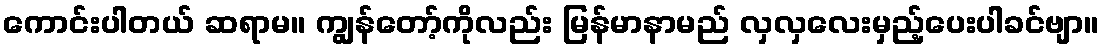
ကောင်းပါတယ် ဆရာမ။ ကျွန်တော့်ကိုလည်း မြန်မာနာမည် လှလှလေးမှည့်ပေးပါခင်ဗျာ။